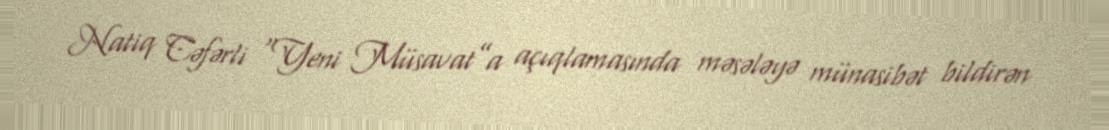
Natiq Cəfərli “Yeni Müsavat”a açıqlamasında məsələyə münasibət bildirən